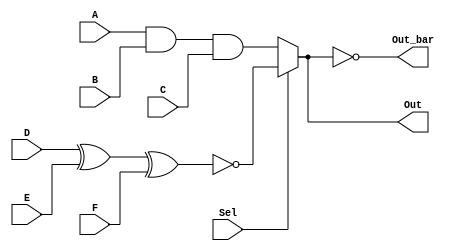
module Q1_GM(A,B,C,D,E,F,Sel,Out,Out_bar);
parameter W=1;
input [W-1:0]A,B,C,D,E,F;
input Sel;
output[W-1:0] Out,Out_bar;
wire [W-1:0] r1,r2;
assign Out_bar=~Out;

assign Out=(Sel)?~(D^E^F):A&B&C;
endmodule

module Q1_BM(A,B,C,D,E,F,Sel,Out,Out_bar);
parameter W=1;
input [W-1:0]A,B,C,D,E,F;
input  Sel;
output reg[W-1:0] Out,Out_bar;
always @(*) begin
	if (Sel)
	Out=~(D^E^F);
	else
	Out=A&B&C;
	Out_bar=~Out;
end
endmodule

module Q1_tb();
parameter W=3;
reg [W-1:0]A,B,C,D,E,F;
reg Sel;
wire[W-1:0] Out1,Out_bar1,Out2,Out_bar2;
Q1_GM #(W)dut1(A,B,C,D,E,F,Sel,Out1,Out_bar1);
Q1_BM #(W)dut2(A,B,C,D,E,F,Sel,Out2,Out_bar2);
integer i=0;
initial begin
for(i=0;i<20;i=i+1)begin
A=$random;
B=$random;
C=$random;
D=$random;
E=$random;
F=$random;
Sel=$random;
#10
if(Out1!=Out2)begin
$display("Error i= %d , A=%b  ,  B=%b   , D=%b   , E=%b   , F=%b   , Sel=%b   , Out1=%b   , Out2=%b  ",i,A,B,C,D,E,F,Out1,Out2);
$stop;
end
end
$stop;

end

endmodule
/*****************************************************Q2*********************************************************/

module Q2_DM(D,A,B,C,Sel,Out,Out_bar);
input [2:0]D;
input A,B,C;
input Sel;
output Out,Out_bar;
wire  r1,r2;
not(Out_bar,Out);
or(r1,D[2],D[0]&D[1]);
xnor(r2,A,B,C);
assign Out=(Sel)?r2:r1;
endmodule

module Q2_BM(D,A,B,C,Sel,Out,Out_bar);
input [2:0]D;
input A,B,C;
input Sel;
output reg Out,Out_bar;
always @(*) begin
	if (Sel)
	Out=~(A^B^C);
	else
	Out=(D[0]&D[1])|D[2];
	Out_bar=~Out;
end
endmodule


module Q2_tb();
reg A,B,C;
reg [2:0]D;
reg Sel;
wire Out1,Out_bar1,Out2,Out_bar2;
Q2_DM dut1(D,A,B,C,Sel,Out1,Out_bar1);
Q2_BM dut2(D,A,B,C,Sel,Out2,Out_bar2);
integer i=0;
initial begin
for(i=0;i<20;i=i+1)begin
A=$random;
B=$random;
C=$random;
D=$random;
Sel=$random;
#10
if(Out1!=Out2)begin
$display("Error i= %d , A=%b  ,  B=%b   , C=%b   ,D=%b  , Sel=%b   , Out1=%b   , Out2=%b  ",i,A,B,C,D,Sel,Out1,Out2);
$stop;
end
end
$stop;

end

endmodule
/***************************************************Q3********************************************************/

module Q3_DM(X,Y);
input[3:0]X;
output[1:0]Y;

assign Y=(X[3])?2'b11:(X[2])?2'b10:(X[1])?2'b01:2'b00;
endmodule

module Q3_BM(X,Y);
input[3:0]X;
output reg [1:0]Y;
always @(*)begin
if(X[3])
Y=2'b11;
else if(X[2])
Y=2'b10;
else if(X[1])
Y=2'b01;
else
Y=2'b00;
end
endmodule

module Q3_tb();
reg [3:0]X;
wire [1:0]Y1,Y2;
Q3_DM dut1(X,Y1);
Q3_BM dut2(X,Y2);
integer i=0;
initial begin
for(i=0;i<20;i=i+1)begin
X=$random;
#10
if(Y1!=Y2)begin
	$display("Error X=%b	Y1=%b	Y2=%b",X,Y1,Y2);
	$stop;
	end
end
$stop;
end
initial begin
	$monitor("X=%b	Y1=%b	Y2=%b",X,Y1,Y2);
end
endmodule


/*********************************************Q4***************************************************************/


module Q4_DM(A,B,C);
parameter N=1;
input  [N-1:0]A,B;
output [N-1:0]C;
assign C=A+B;
endmodule

module Q4_BM(A,B,C);
parameter N=1;
input  [N-1:0]A,B;
output reg [N-1:0]C;
always @(*) begin
C=A+B;
end
endmodule
 
module Q4_tb();
parameter N=3;
reg  [N-1:0]A,B;
wire [N-1:0]C1,C2;
Q4_DM #(N) dut1(A,B,C1);
Q4_BM #(N) dut2(A,B,C2);
integer i=0;
initial begin
for(i=0;i<20;i=i+1)begin
A=$random;
B=$random;
#10
if(C1!=C2)begin
	$display("Error A=%b	B=%b	C1=%b 	C2=%b",A,B,C1,C2);
	$stop;
	end
end
$stop;
end
initial begin
	$monitor("A=%b	B=%b	C1=%b 	C2=%b",A,B,C1,C2);
end
endmodule

/***********************************************Q5****************************************************************/

module Q5_ALU_SM(A,B,OPcode,C);
parameter N=3;
input [N-1:0]A,B;
input [1:0]OPcode;
output [N-1:0]C;
wire [N-1:0]r1;
Q4_BM #(N) dut1(A,B,r1);
assign C=(OPcode[0])?(OPcode[1])?A^B:A|B:(OPcode[1])?A-B:r1;
endmodule

module Q5_tb();
parameter N=3;
reg  [N-1:0]A,B;
reg [1:0]OPcode;
wire [N-1:0]C;
Q5_ALU_SM #(N) dut(A,B,OPcode,C);
integer i=0;
initial begin
for(i=0;i<20;i=i+1) begin
A=$random;
B=$random;
OPcode=$random;
#10;
end
$stop;
end
initial begin
	$monitor("A=%b	B=%b	OPcode=%b 	C2=%b",A,B,OPcode,C);
end
endmodule

/****************************************************************Q6******************************************************/


module Q6_seg_SM(A,B,OPcode,ENable,a,b,c,d,e,f,g);
input [3:0]A,B;
input [1:0]OPcode;
input ENable;
output reg a,b,c,d,e,f,g;
wire [3:0] C;
Q5_ALU_SM #(4) dut(A,B,OPcode,C);

always @(*) begin
	if (~ENable) begin
		{a,b,c,d,e,f,g}=7'b0;
	end
	else if (ENable) begin
	case(C)
	4'h0:{a,b,c,d,e,f,g}=7'b111_1110;
	4'h1:{a,b,c,d,e,f,g}=7'b011_0000;
	4'h2:{a,b,c,d,e,f,g}=7'b110_1101;
	4'h3:{a,b,c,d,e,f,g}=7'b111_1001;
	4'h4:{a,b,c,d,e,f,g}=7'b111_0011;
	4'h5:{a,b,c,d,e,f,g}=7'b011_1011;
	4'h6:{a,b,c,d,e,f,g}=7'b101_1111;
	4'h7:{a,b,c,d,e,f,g}=7'b111_0001;
	4'h8:{a,b,c,d,e,f,g}=7'b111_1111;
	4'h9:{a,b,c,d,e,f,g}=7'b111_1011;
	4'hA:{a,b,c,d,e,f,g}=7'b111_0111;
	4'hB:{a,b,c,d,e,f,g}=7'b001_1111;
	4'hC:{a,b,c,d,e,f,g}=7'b100_1110;
	4'hD:{a,b,c,d,e,f,g}=7'b011_1101;
	4'hE:{a,b,c,d,e,f,g}=7'b100_1111;
	4'hF:{a,b,c,d,e,f,g}=7'b100_0111;	
	default : {a,b,c,d,e,f,g}=7'b0;
	endcase
	end
end
endmodule

module Q6_tb();
reg [3:0]A,B;
reg [1:0]OPcode;
reg ENable;
wire a,b,c,d,e,f,g;
Q6_seg_SM dut(A,B,OPcode,ENable,a,b,c,d,e,f,g);
integer i=0;
initial begin
ENable=0;
for(i=0;i<50;i=i+1) begin
A=$random;
B=$random;
OPcode=$random;
#10;
ENable=1;
end
$stop;
end
initial begin
	$display("C 	E  a  b  c  d  e  f  g");
	$monitor("%h 	%b  %b  %b  %b  %b  %b  %b  %b ",dut.C,ENable,a,b,c,d,e,f,g);
end

endmodule